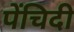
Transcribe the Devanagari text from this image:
पेंचिदी